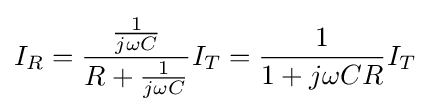
I_{R}={\frac {\frac {1}{j\omega C}}{R+{\frac {1}{j\omega C}}}}I_{T}={\frac {1}{1+j\omega CR}}I_{T}